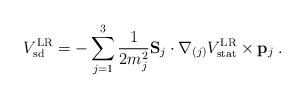
LaTeX: \begin{align*}V_{\rm sd}^{\rm LR}= - \sum_{j=1}^3 {1 \over 2 m_j^2} {\bf S}_j \cdot {\bf \nabla}_{(j)} V_{\rm stat}^{\rm LR} \times {\bf p}_j \> .\end{align*}